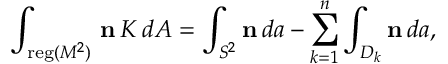
\int _ { { \mathrm { \small { r e g } } } ( M ^ { 2 } ) } \, { \bf n } \, K \, d A = \int _ { S ^ { 2 } } { \bf n } \, d a - \sum _ { k = 1 } ^ { n } \int _ { D _ { k } } { \bf n } \, d a ,